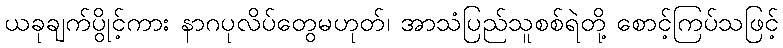
ယခုချက်ပွိုင့်ကား နာဂပုလိပ်တွေမဟုတ်၊ အာသံပြည်သူစစ်ရဲတို့ စောင့်ကြပ်သဖြင့်